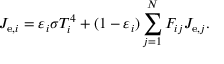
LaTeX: J _ { \mathrm { e } , i } = \varepsilon _ { i } \sigma T _ { i } ^ { 4 } + ( 1 - \varepsilon _ { i } ) \sum _ { j = 1 } ^ { N } F _ { i j } J _ { \mathrm { e } , j } .